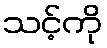
သင့်ကို